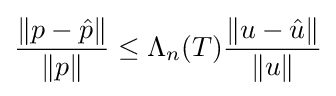
{\frac {\|p-{\hat {p}}\|}{\|p\|}}\leq \Lambda _{n}(T){\frac {\|u-{\hat {u}}\|}{\|u\|}}